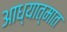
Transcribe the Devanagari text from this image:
आध्यात्मात